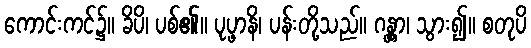
ကောင်းကင်၌။ ခိပိ၊ ပစ်၏။ ပုပ္ဖာနိ၊ ပန်းတို့သည်။ ဂန္တွာ၊ သွား၍။ စတုပိ